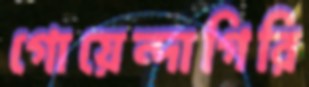
গোয়েন্দাগিরি